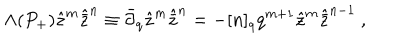
\Lambda ( P _ { + } ) { \hat { z } } ^ { m } { \hat { \bar { z } } } ^ { n } \equiv { \bar { \partial } } _ { q } { \hat { z } } ^ { m } { \hat { \bar { z } } } ^ { n } = - [ n ] _ { q } q ^ { m + 1 } { \hat { z } } ^ { m } { \hat { \bar { z } } } ^ { n - 1 } \ ,